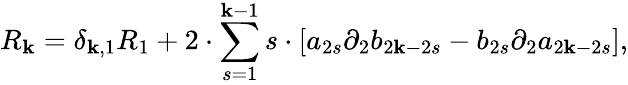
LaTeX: R_{\mathbf{k}}=\delta_{\mathbf{k},1}R_{1}+2\cdot\sum_{s=1}^{\mathbf{k}-1}s\cdot[a_{2s}{\partial}_{2}b_{2\mathbf{k}-2s}-b_{2s}{\partial}_{2}a_{2\mathbf{k}-2s}],